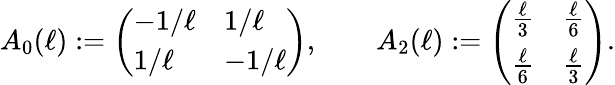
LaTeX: A_{0}(\ell):=\left(\begin{array}{ll}{-1/\ell}&{1/\ell}\\ {1/\ell}&{-1/\ell}\end{array}\right),\qquad A_{2}(\ell):=\left(\begin{array}{ll}{\frac{\ell}{3}}&{\frac{\ell}{6}}\\ {\frac{\ell}{6}}&{\frac{\ell}{3}}\end{array}\right).